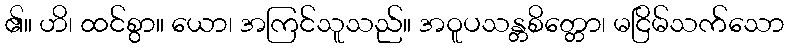
၏။ ဟိ၊ ထင်စွာ။ ယော၊ အကြင်သူသည်။ အဝူပသန္တစိတ္တော၊ မငြိမ်သက်သော